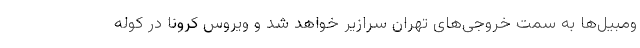
ومبیل‌ها به سمت خروجی‌های تهران سرازیر خواهد شد و ویروس کرونا در کوله